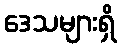
ဒေသများရှိ